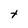
Character: t